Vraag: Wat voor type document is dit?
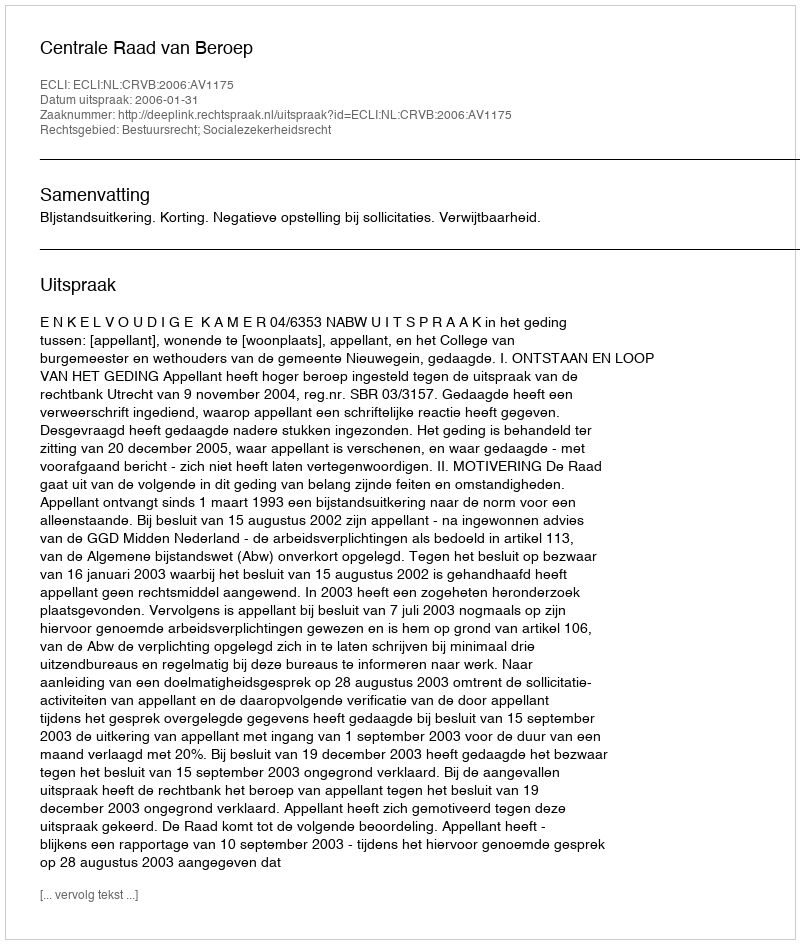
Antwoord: Uitspraak